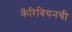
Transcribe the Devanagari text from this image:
कॅरिबियनची